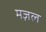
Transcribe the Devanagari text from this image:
मज़ल